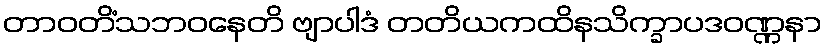
တာဝတိံသဘဝနေတိ ဗျာပါဒံ တတိယကထိနသိက္ခာပဒဝဏ္ဏနာ